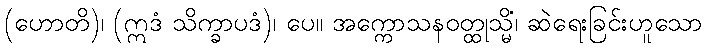
(ဟောတိ)၊ (ဣဒံ သိက္ခာပဒံ)၊ ပေ။ အက္ကောသနဝတ္ထုသ္မိံ၊ ဆဲရေးခြင်းဟူသော